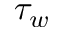
\tau _ { w }